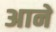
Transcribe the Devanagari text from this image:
अाने